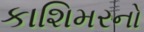
કાશિમરનો